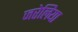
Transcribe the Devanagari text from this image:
जरेलिया